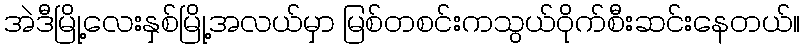
အဲဒီမြို့လေးနှစ်မြို့အလယ်မှာ မြစ်တစင်းကသွယ်ဝိုက်စီးဆင်းနေတယ်။